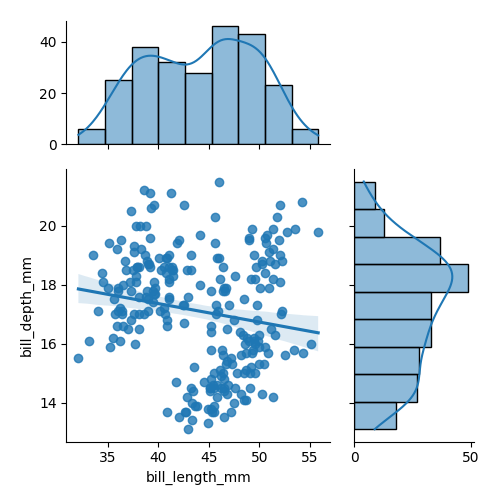
python, seaborn, jointplot, kind='reg', height='5', ratio='2', marginal_ticks='True'